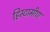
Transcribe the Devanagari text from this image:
हिस्टामीण